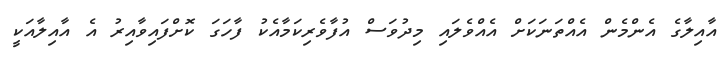
އާއިލާގެ އެންމެން އެއްތަނަކަށް އެއްވެލައި މިދުވަސް އުފާވެރިކަމާއެކު ފާހަގަ ކޮށްފައިވާއިރު އެ އާއިލާއަކީ